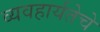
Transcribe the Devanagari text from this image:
व्यवहार्यतेचे